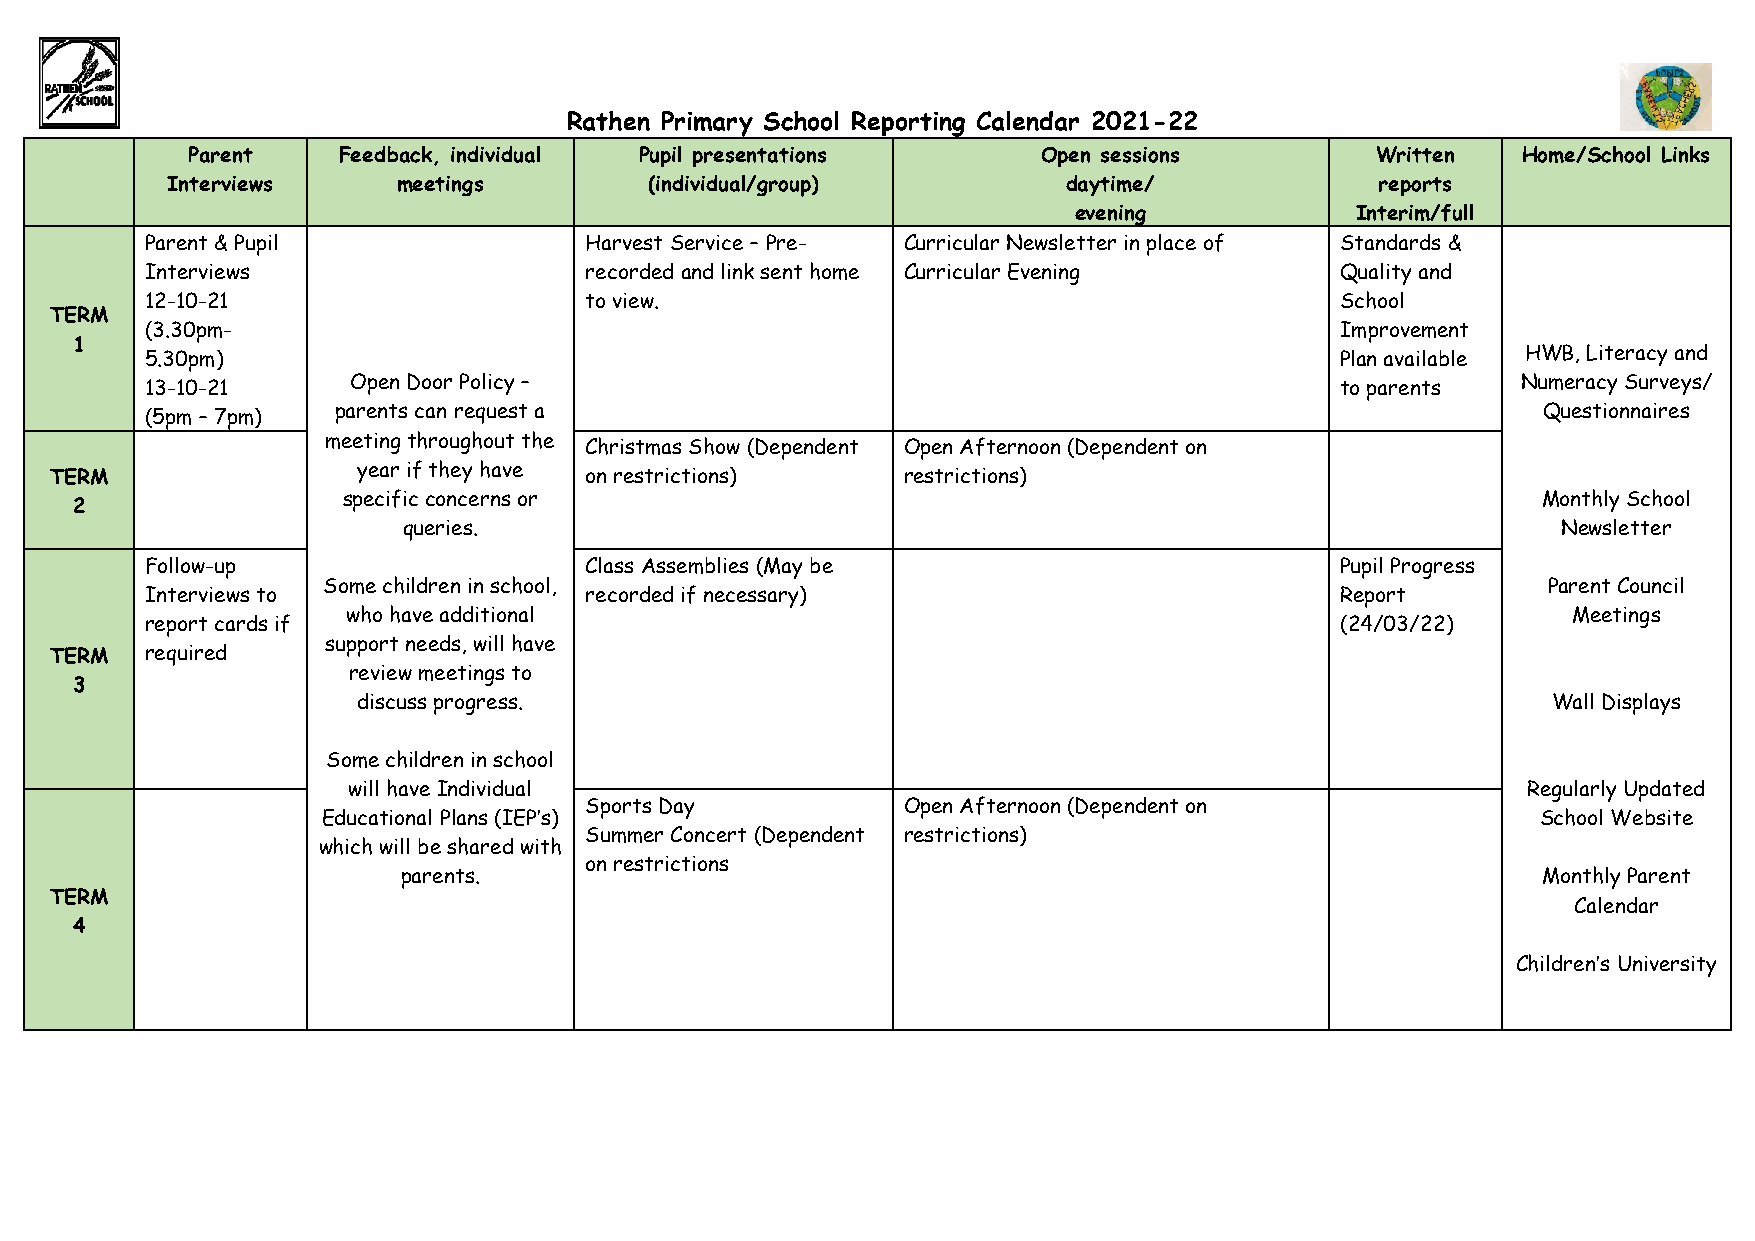
Rathen Primary School Reporting Calendar 2021-22
 Parent    Feedback, individual Pupil presentations       Open sessions         Written   Home/School Links
 Interviews     meetings         (individual/group)          daytime/            reports
 evening            Interim/full
 Parent & Pupil               Harvest Service – Pre- Curricular Newsletter in place of Standards &
 Interviews                   recorded and link sent home Curricular Evening    Quality and
 12-10-21                     to view.                                          School
 TERM
 (3.30pm-                                                                       Improvement
 1
 5.30pm)                                                                        Plan available HWB, Literacy and
 13-10-21     Open Door Policy –                                                to parents  Numeracy Surveys/
 (5pm – 7pm) parents can request a                                                           Questionnaires
 meeting throughout the
 Christmas Show (Dependent Open Afternoon (Dependent on
 year if they have
 TERM                                on restrictions)     restrictions)
 specific concerns or                                                           Monthly School
 2
 queries.                                                                    Newsletter
 Follow-up                    Class Assemblies (May be                          Pupil Progress
 Some children in school,                                                         Parent Council
 Interviews to                recorded if necessary)                            Report
 who have additional                                                              Meetings
 report cards if                                                                (24/03/22)
 support needs, will have
 TERM   required
 review meetings to
 3
 discuss progress.                                                              Wall Displays
 Some children in school
 will have Individual                                                          Regularly Updated
 Sports Day           Open Afternoon (Dependent on
 Educational Plans (IEP’s)                                                        School Website
 Summer Concert (Dependent restrictions)
 which will be shared with
 on restrictions
 parents.                                                                   Monthly Parent
 TERM
 Calendar
 4
 Children’s University